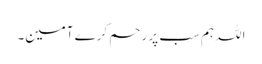
اللہ ہم سب پر رحم کرے آمین۔